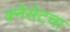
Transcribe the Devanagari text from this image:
क्नेसेटचा